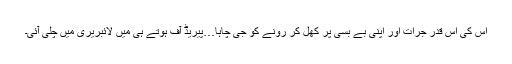
اس کی اس قدر جرأت اور اپنی بے بسی پر کھل کر رونے کو جی چاہا…پیریڈ آف ہوتے ہی میں لائبریری میں چلی آئی۔